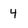
Character: 4